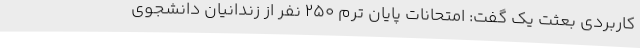
کاربردی بعثت یک گفت: امتحانات پایان ترم 250 نفر از زندانیان دانشجوی